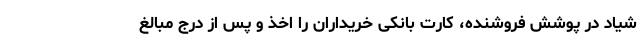
شیاد در پوشش فروشنده، کارت بانکی خریداران را اخذ و پس از درج مبالغ